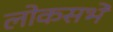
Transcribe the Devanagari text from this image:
लोकसभे